Report of the Indian Hemp Drugs Commission, 1894-1895 - Volume III
Year: 1894
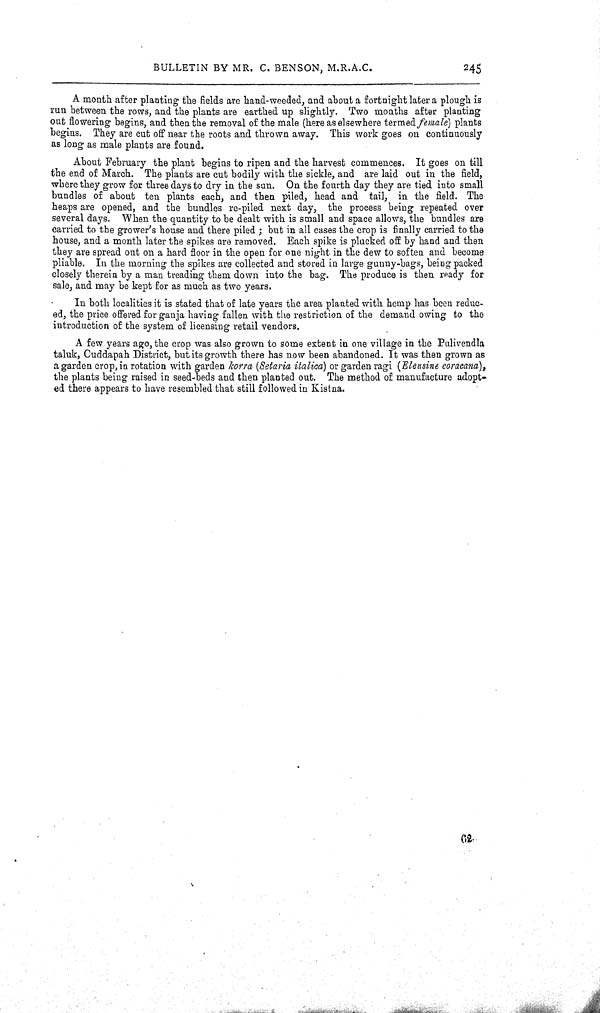
BULLETIN BY MR. C. BENSON, M.R.A.C.
245
A month after planting the fields are hand-weeded, and about a fortnight later a plough is
run between the rows, and the plants are earthed up slightly. Two months after planting
out flowering begins, and then the removal of the male (here as elsewhere termed female) plants
begins. They are cut off near the roots and thrown away. This work goes on continuously
as long as male plants are found.
About February the plant begins to ripen and the harvest commences. It goes on till
the end of March. The plants are cut bodily with the sickle, and are laid out in the field,
where they grow for three days to dry in the sun. On the fourth day they are tied into small
bundles of about ten plants each, and then piled, head and tail, in the field. The
heaps are opened, and the bundles re-piled next day, the process being repeated over
several days. When the quantity to be dealt with is small and space allows, the bundles are
carried to the grower's house and there piled; but in all cases the crop is finally carried to the
house, and a month later the spikes are removed. Each spike is plucked off by hand and then
they are spread out on a hard floor in the open for one night in the dew to soften and become
pliable. In the morning the spikes are collected and stored in large gunny-bags, being packed
closely therein by a man treading them down into the bag. The produce is then ready for
sale, and may be kept for as much as two years.
In both localities it is stated that of late years the area planted with hemp has been reduc-
ed, the price offered for ganja having fallen with the restriction of the demand owing to the
introduction of the system of licensing retail vendors.
A few years ago, the crop was also grown to some extent in one village in the Palivendla
taluk, Cuddapah District, but its growth there has now been abandoned. It was then grown as
a garden crop, in rotation with garden korra (Setaria italica) or garden ragi (Eleusine coracana),
the plants being raised in seed-beds and then planted out. The method of manufacture adopt-
ed there appears to have resembled that still followed in Kistna.
62